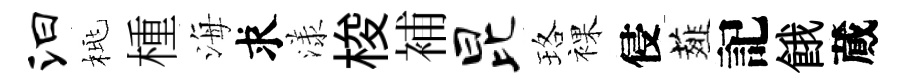
汩桃㮔海求漾梭補昆珞裸侵薤記餓蕆